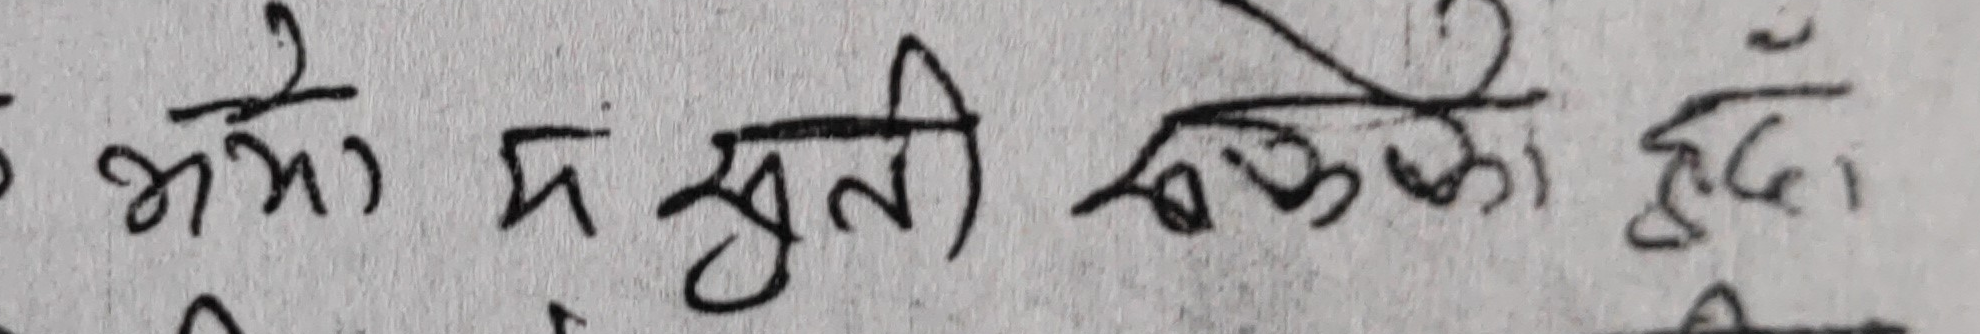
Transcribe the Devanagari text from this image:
भयो म सुती सकेको छुँ।